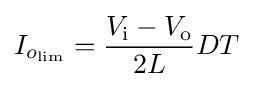
I_{o_{\text{lim}}}={\frac {V_{\text{i}}-V_{\text{o}}}{2L}}DT